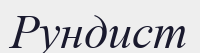
Рундист